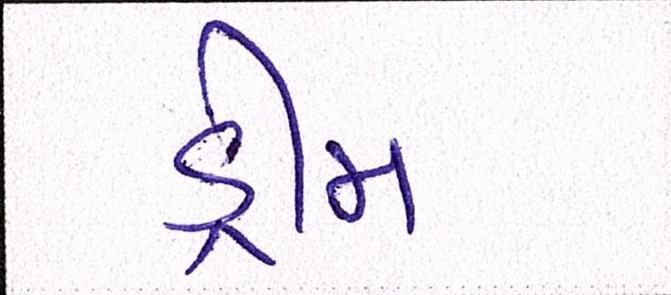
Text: ડ્રીમ